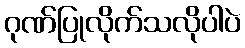
ဂုဏ်ပြုလိုက်သလိုပါပဲ